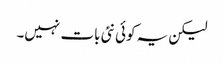
لیکن یہ کوئی نئی بات نہیں۔